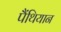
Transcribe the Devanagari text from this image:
पैंथियान